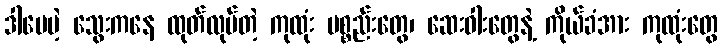
ဒါပေမဲ့ သွေးကနေ ထုတ်လုပ်တဲ့ ကုထုံး ပစ္စည်းတွေ၊ ဆေးဝါးတွေနဲ့ ကိုယ်ခံအား ကုထုံးတွေ